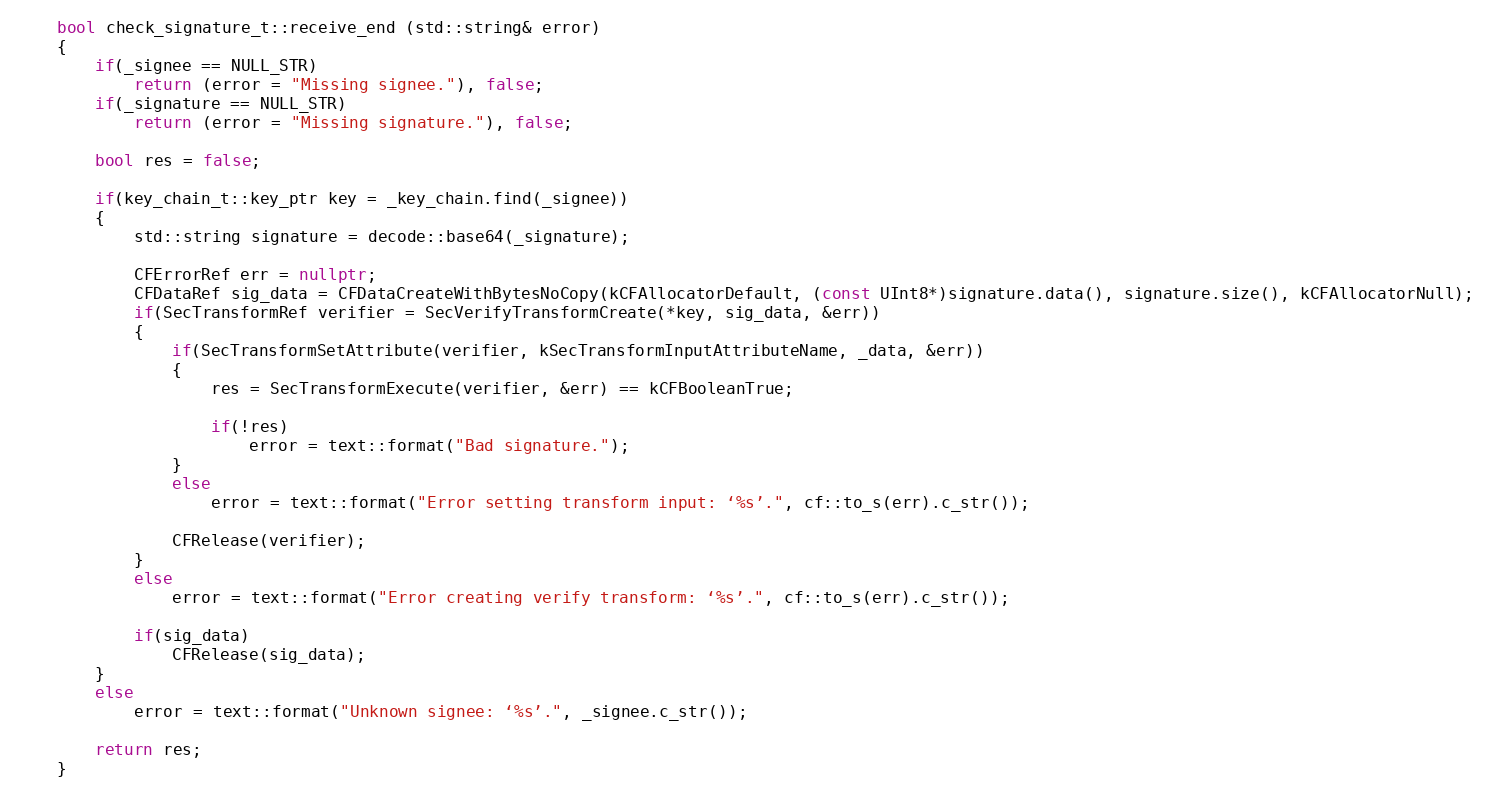
Language: C++
	bool check_signature_t::receive_end (std::string& error)
	{
		if(_signee == NULL_STR)
			return (error = "Missing signee."), false;
		if(_signature == NULL_STR)
			return (error = "Missing signature."), false;

		bool res = false;

		if(key_chain_t::key_ptr key = _key_chain.find(_signee))
		{
			std::string signature = decode::base64(_signature);

			CFErrorRef err = nullptr;
			CFDataRef sig_data = CFDataCreateWithBytesNoCopy(kCFAllocatorDefault, (const UInt8*)signature.data(), signature.size(), kCFAllocatorNull);
			if(SecTransformRef verifier = SecVerifyTransformCreate(*key, sig_data, &err))
			{
				if(SecTransformSetAttribute(verifier, kSecTransformInputAttributeName, _data, &err))
				{
					res = SecTransformExecute(verifier, &err) == kCFBooleanTrue;

					if(!res)
						error = text::format("Bad signature.");
				}
				else
					error = text::format("Error setting transform input: ‘%s’.", cf::to_s(err).c_str());

				CFRelease(verifier);
			}
			else
				error = text::format("Error creating verify transform: ‘%s’.", cf::to_s(err).c_str());

			if(sig_data)
				CFRelease(sig_data);
		}
		else
			error = text::format("Unknown signee: ‘%s’.", _signee.c_str());

		return res;
	}